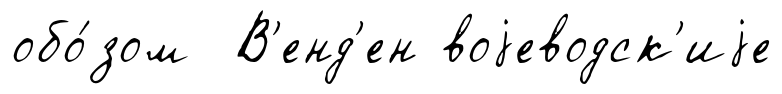
обо́зом В'енд'ен воjеводск'иjе